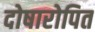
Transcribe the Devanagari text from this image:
दोषारोपित